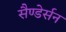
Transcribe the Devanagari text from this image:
सैण्डेर्सन